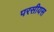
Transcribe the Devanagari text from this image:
परसीयस